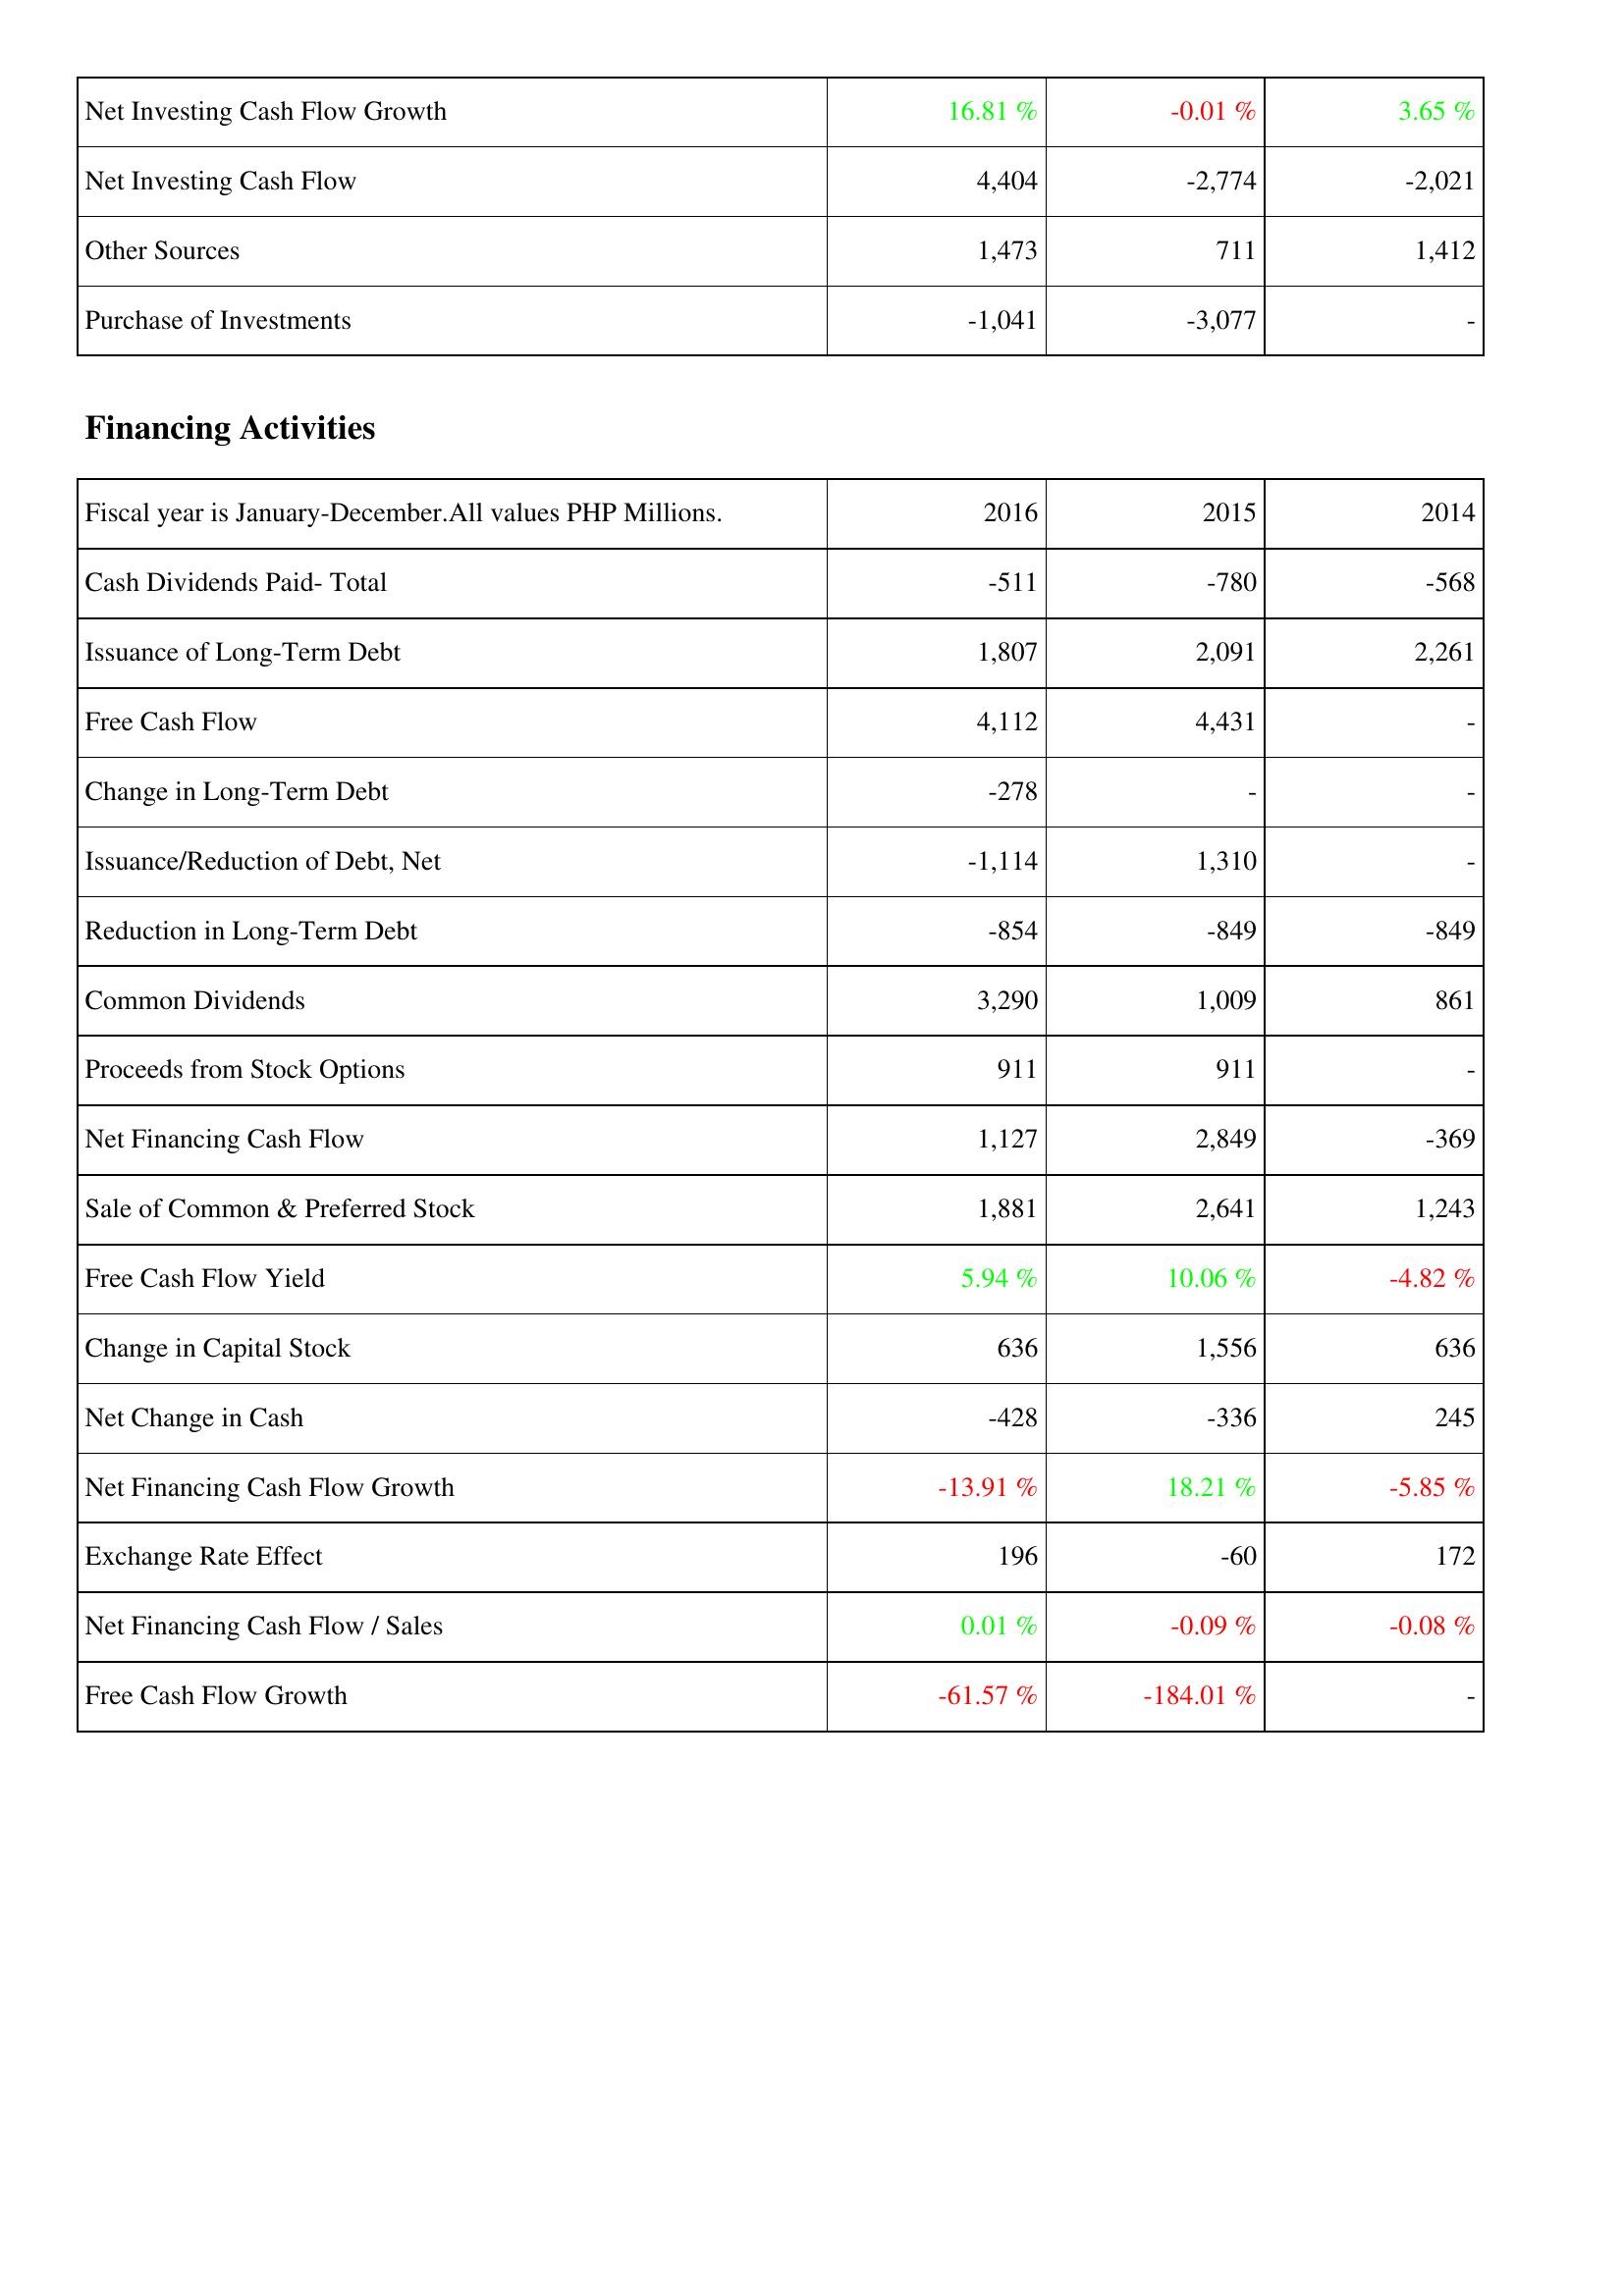
2016: Investing Activities: Net Investing Cash Flow Growth: 16.81 %
Net Investing Cash Flow: 4,404
Other Sources: 1,473
Purchase of Investments: -1,041
Financing Activities: Cash Dividends Paid- Total: -511
Issuance of Long-Term Debt: 1,807
Free Cash Flow: 4,112
Change in Long-Term Debt: -278
Issuance/Reduction of Debt, Net: -1,114
Reduction in Long-Term Debt: -854
Common Dividends: 3,290
Proceeds from Stock Options: 911
Net Financing Cash Flow: 1,127
Sale of Common & Preferred Stock: 1,881
Free Cash Flow Yield: 5.94 %
Change in Capital Stock: 636
Net Change in Cash: -428
Net Financing Cash Flow Growth: -13.91 %
Exchange Rate Effect: 196
Net Financing Cash Flow / Sales: 0.01 %
Free Cash Flow Growth: -61.57 %
2015: Investing Activities: Net Investing Cash Flow Growth: -0.01 %
Net Investing Cash Flow: -2,774
Other Sources: 711
Purchase of Investments: -3,077
Financing Activities: Cash Dividends Paid- Total: -780
Issuance of Long-Term Debt: 2,091
Free Cash Flow: 4,431
Change in Long-Term Debt: -
Issuance/Reduction of Debt, Net: 1,310
Reduction in Long-Term Debt: -849
Common Dividends: 1,009
Proceeds from Stock Options: 911
Net Financing Cash Flow: 2,849
Sale of Common & Preferred Stock: 2,641
Free Cash Flow Yield: 10.06 %
Change in Capital Stock: 1,556
Net Change in Cash: -336
Net Financing Cash Flow Growth: 18.21 %
Exchange Rate Effect: -60
Net Financing Cash Flow / Sales: -0.09 %
Free Cash Flow Growth: -184.01 %
2014: Investing Activities: Net Investing Cash Flow Growth: 3.65 %
Net Investing Cash Flow: -2,021
Other Sources: 1,412
Purchase of Investments: -
Financing Activities: Cash Dividends Paid- Total: -568
Issuance of Long-Term Debt: 2,261
Free Cash Flow: -
Change in Long-Term Debt: -
Issuance/Reduction of Debt, Net: -
Reduction in Long-Term Debt: -849
Common Dividends: 861
Proceeds from Stock Options: -
Net Financing Cash Flow: -369
Sale of Common & Preferred Stock: 1,243
Free Cash Flow Yield: -4.82 %
Change in Capital Stock: 636
Net Change in Cash: 245
Net Financing Cash Flow Growth: -5.85 %
Exchange Rate Effect: 172
Net Financing Cash Flow / Sales: -0.08 %
Free Cash Flow Growth: -